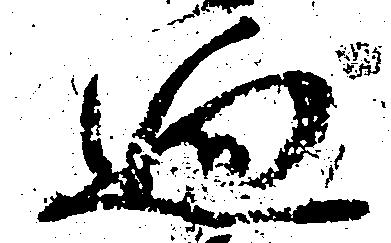
廻